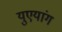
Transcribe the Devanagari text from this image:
युएयांग